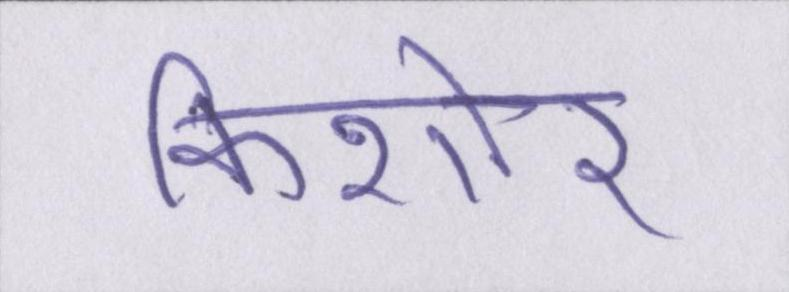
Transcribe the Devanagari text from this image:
किशोर